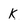
Character: K